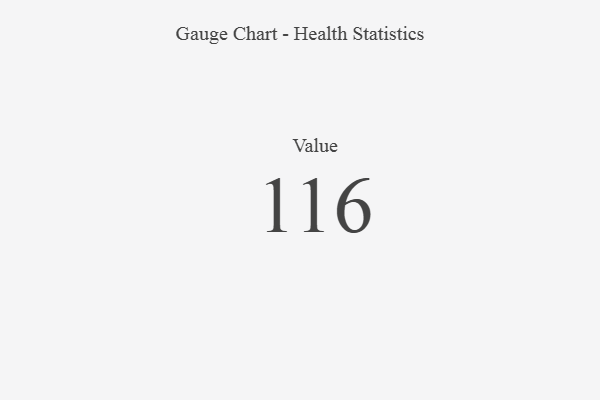
{"axis": {"x": "Metric", "y": "Value"}, "legend": [""], "data": [{"x": "Value", "y": 116, "type": ""}]}